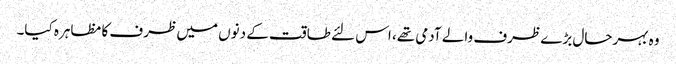
وہ بہرحال بڑے ظرف والے آدمی تھے، اس لئے طاقت کے دنوں میں ظرف کا مظاہرہ کیا۔